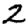
Digit: 2